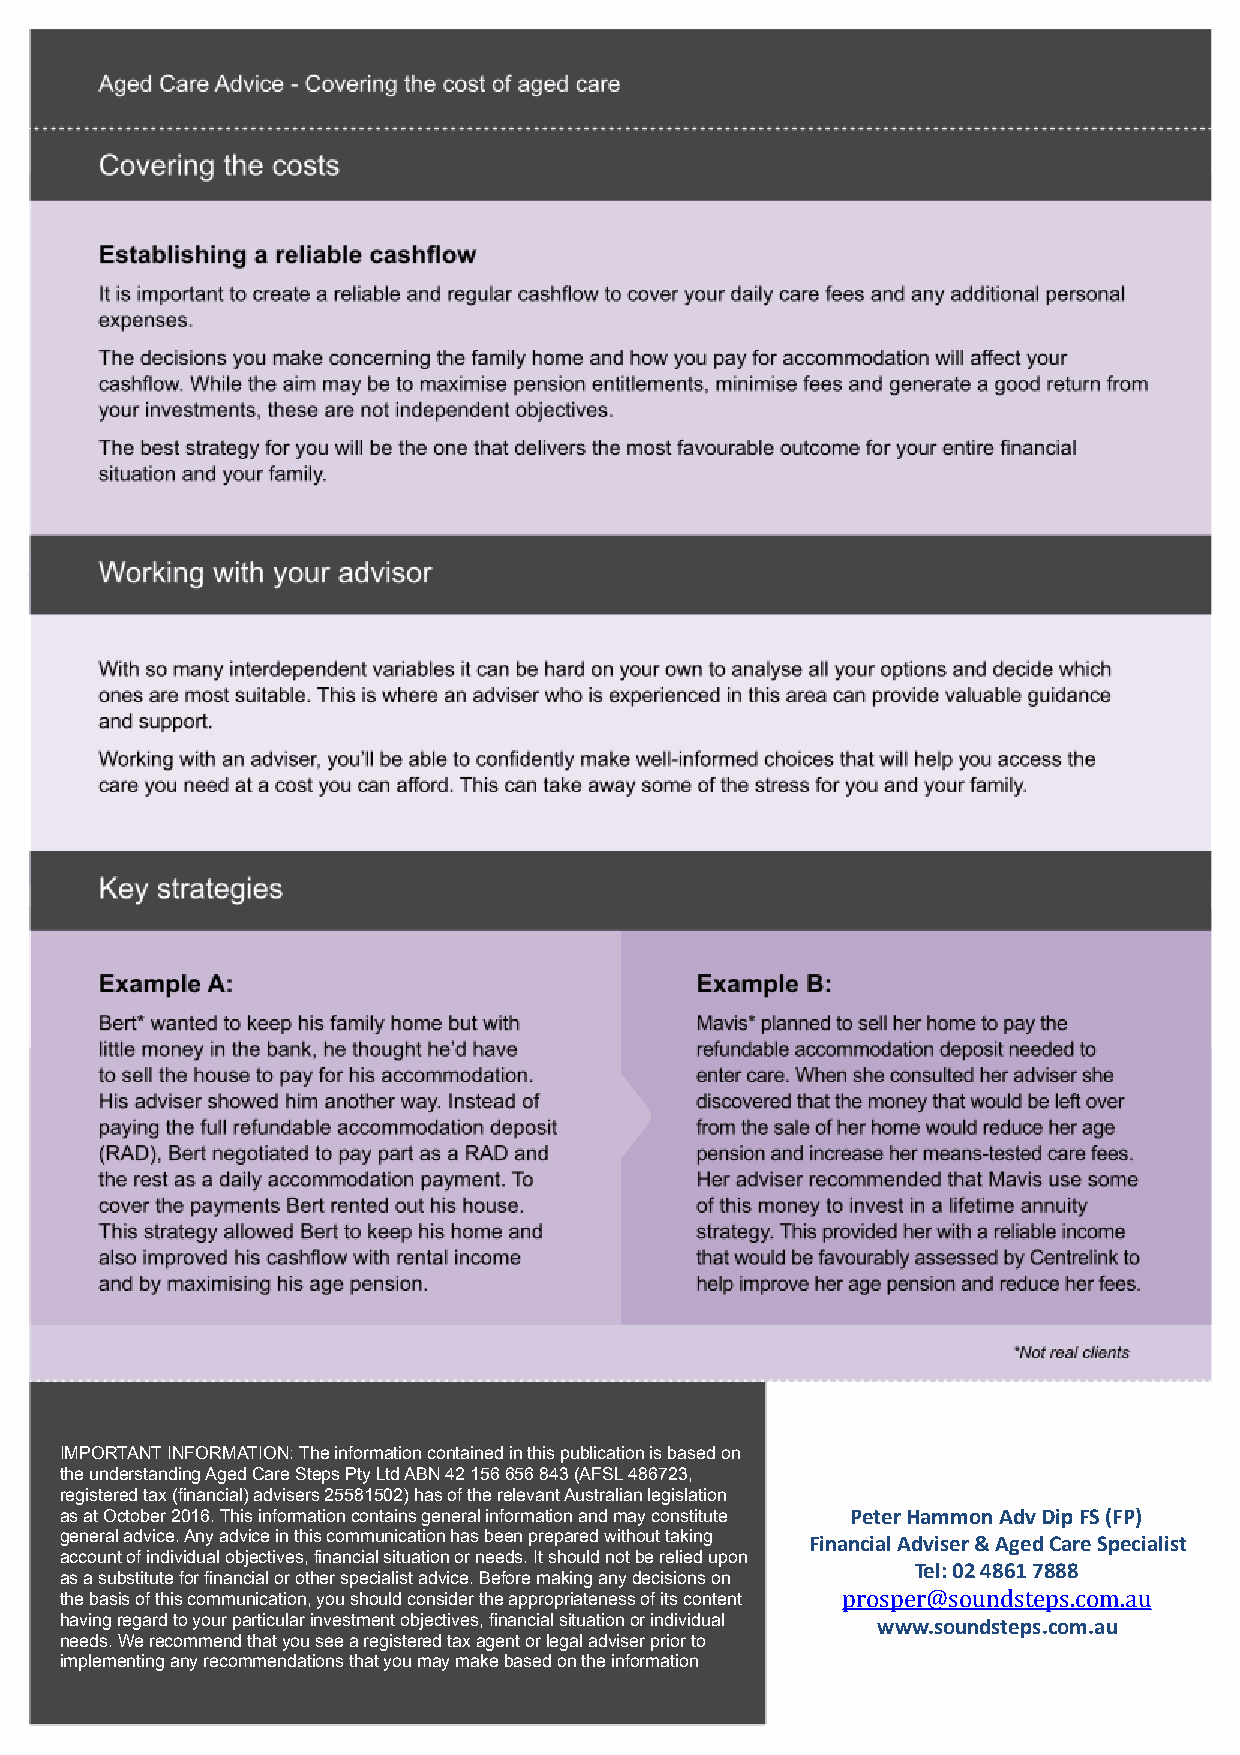
IMPORTANT INFORMATION: The information contained in this publication is based on
 the understanding Aged Care Steps Pty Ltd ABN 42 156 656 843 (AFSL 486723,
 registered tax (financial) advisers 25581502) has of the relevant Australian legislation
 as at October 2016. This information contains general information and may constitute Peter Hammon Adv Dip FS (FP)
 general advice. Any advice in this communication has been prepared without taking Financial Adviser & Aged Care Specialist
 account of individual objectives, financial situation or needs. It should not be relied upon
 Tel: 02 4861 7888
 as a substitute for financial or other specialist advice. Before making any decisions on
 the basis of this communication, you should consider the appropriateness of its content prosper@soundsteps.com.au
 having regard to your particular investment objectives, financial situation or individual www.soundsteps.com.au
 needs. We recommend that you see a registered tax agent or legal adviser prior to
 implementing any recommendations that you may make based on the information